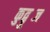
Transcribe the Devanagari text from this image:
कुद्बुब्ज